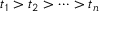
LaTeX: t _ { 1 } > t _ { 2 } > \cdots > t _ { n }